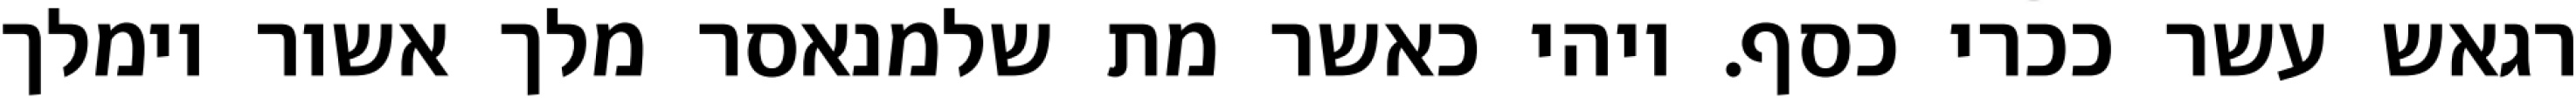
רגאש עשר ככרי כסף. ויהי כאשר מת שלמנאסר מלך אשור וימלך